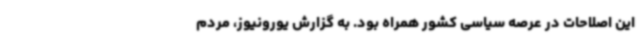
این اصلاحات در عرصه سیاسی کشور همراه بود. به گزارش یورونیوز، مردم